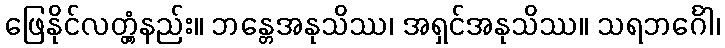
ဖြေနိုင်လတ္တံ့နည်း။ ဘန္တေအနုသိဿ၊ အရှင်အနုသိဿ။ သရဘင်္ဂေါ၊